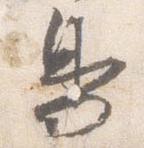
鳥